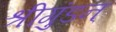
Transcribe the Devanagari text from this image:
श्रीगुंडन्